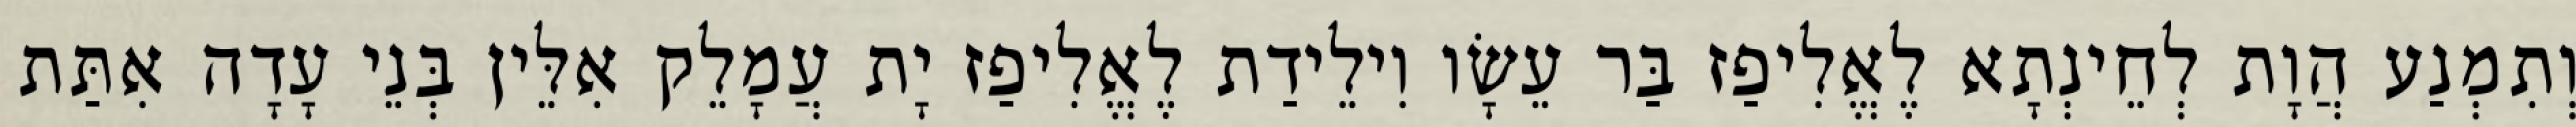
וְתִמְנַע הֲוָת לְחֵינְתָא לֶאֱלִיפַז בַּר עֵשָׂו וִילֵידַת לֶאֱלִיפַז יָת עֲמָלֵק אִלֵּין בְּנֵי עָדָה אִתַּת